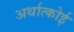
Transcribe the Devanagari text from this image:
अर्थात्कोई